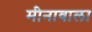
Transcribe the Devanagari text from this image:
मीनावाला